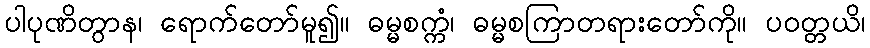
ပါပုဏိတွာန၊ ရောက်တော်မူ၍။ ဓမ္မစက္ကံ၊ ဓမ္မစကြာတရားတော်ကို။ ပဝတ္တယိ၊